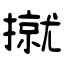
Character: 㩆